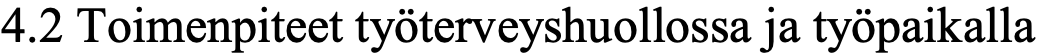
4.2 Toimenpiteet työterveyshuollossa ja työpaikalla